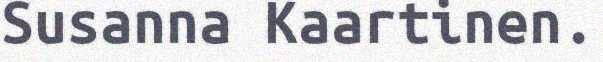
Susanna Kaartinen.